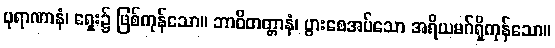
ပုရာဏာနံ၊ ရှေး၌ ဖြစ်ကုန်သော။ ဘာဝိတတ္တာနံ၊ ပွားစေအပ်သော အရိယမဂ်ရှိကုန်သော။